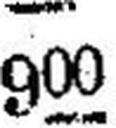
900